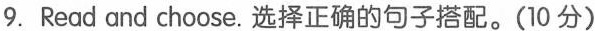
9.Read and choose. 选择正确的句子搭配.(10 分)